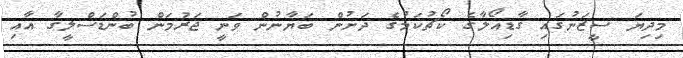
މިދިޔަ ސީޒަނުގައި ގާޑިއޯލާގެ ކޯޗުކަމުގެ ދަށުން ބަޔާނުން ވަނީ ޖަރުމަން ބުންޑަސްލީގާ އާއި